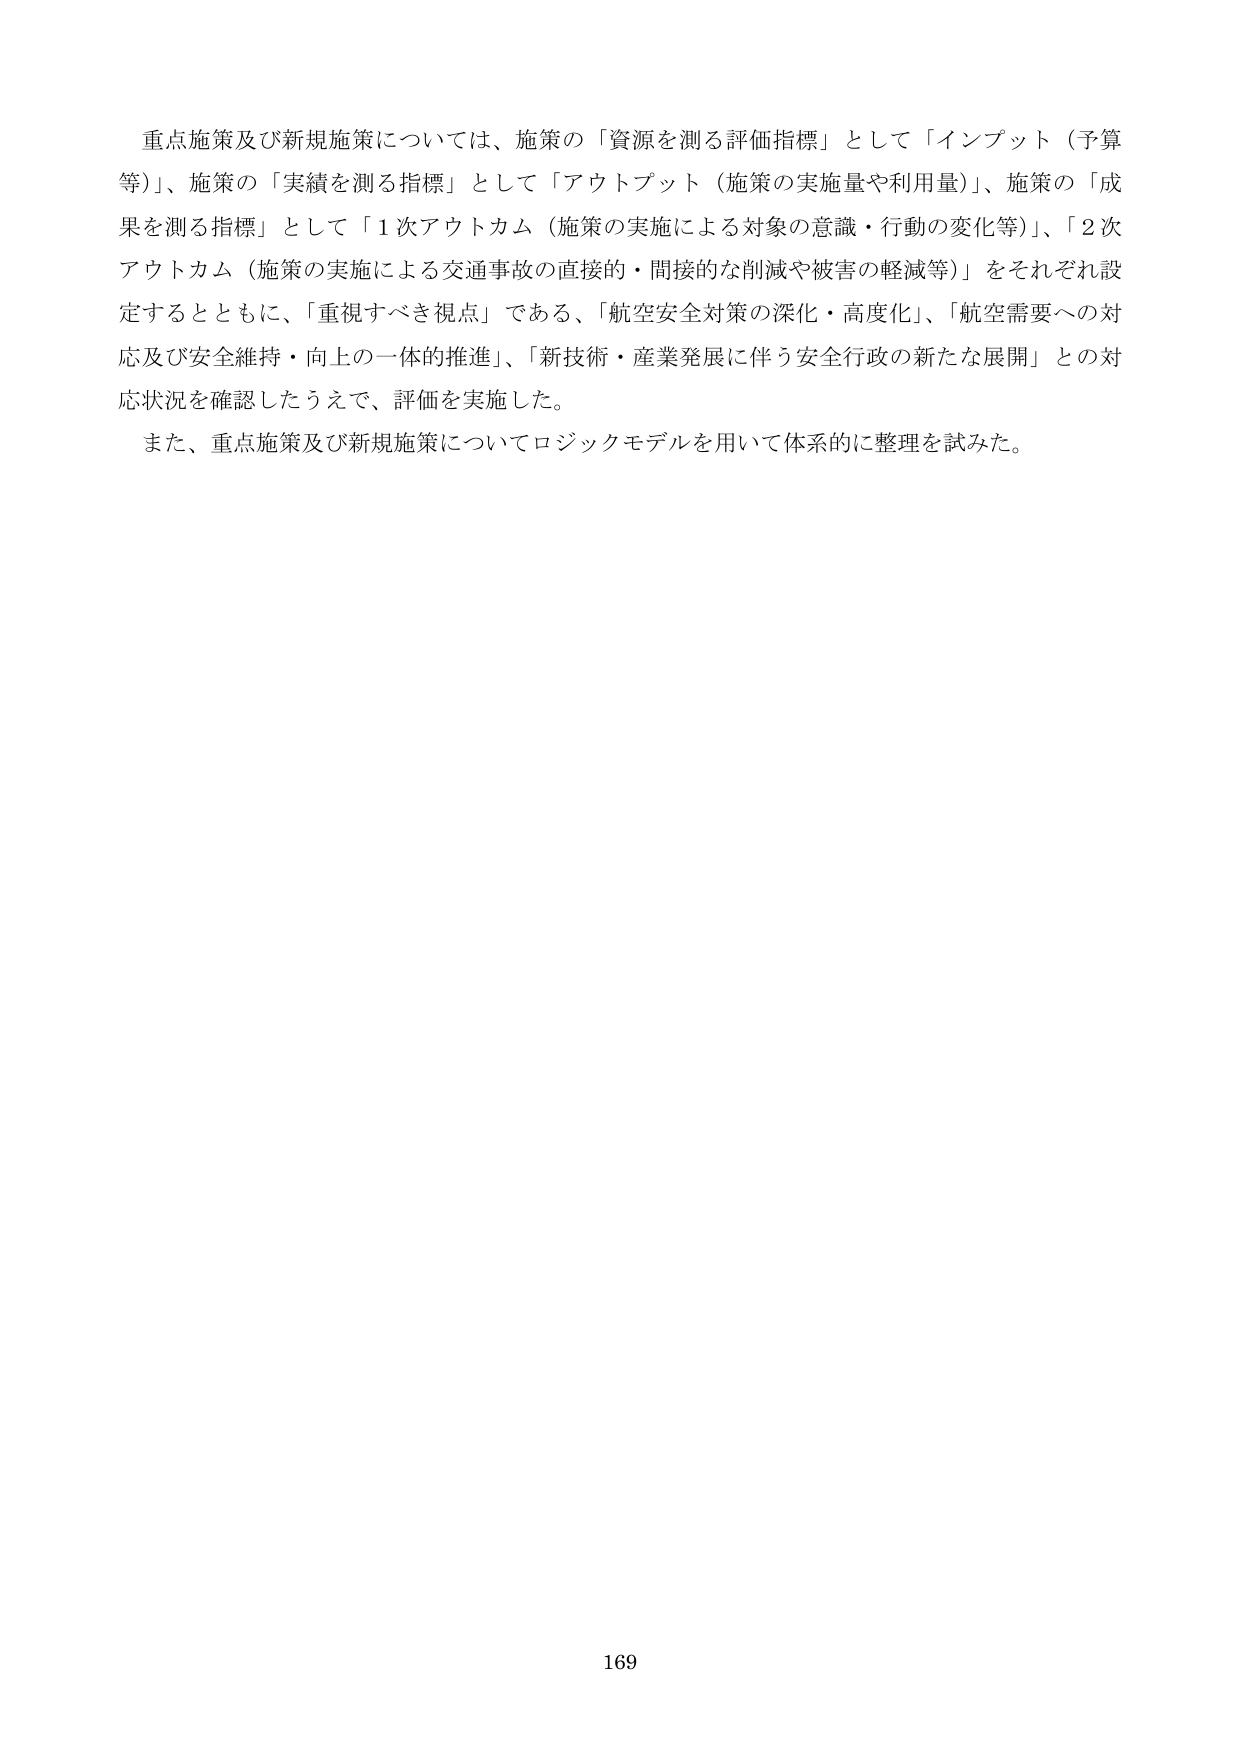
重点施策及び新規施策については、施策の「資源を測る評価指標」として「インプット（予算等）」、施策の「実績を測る指標」として「アウトプット（施策の実施量や利用量）」、施策の「成果を測る指標」として「1次アウトカム（施策の実施による対象の意識・行動の変化等）」、「2次アウトカム（施策の実施による交通事故の直接的・間接的な削減や被害の軽減等）」をそれぞれ設定するとともに、「重視すべき視点」である、「航空安全対策の深化・高度化」、「航空需要への対応及び安全維持・向上の一体的推進」、「新技術・産業発展に伴う安全行政の新たな展開」との対応状況を確認したうえで、評価を実施した。

また、重点施策及び新規施策についてロジックモデルを用いて体系的に整理を試みた。

169